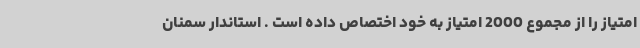
امتیاز را از مجموع 2000 امتیاز به خود اختصاص داده است . استاندار سمنان